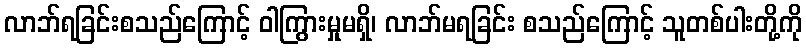
လာဘ်ရခြင်းစသည်ကြောင့် ဝါကြွားမှုမရှိ၊ လာဘ်မရခြင်း စသည်ကြောင့် သူတစ်ပါးတို့ကို